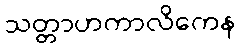
သတ္တာဟကာလိကေန